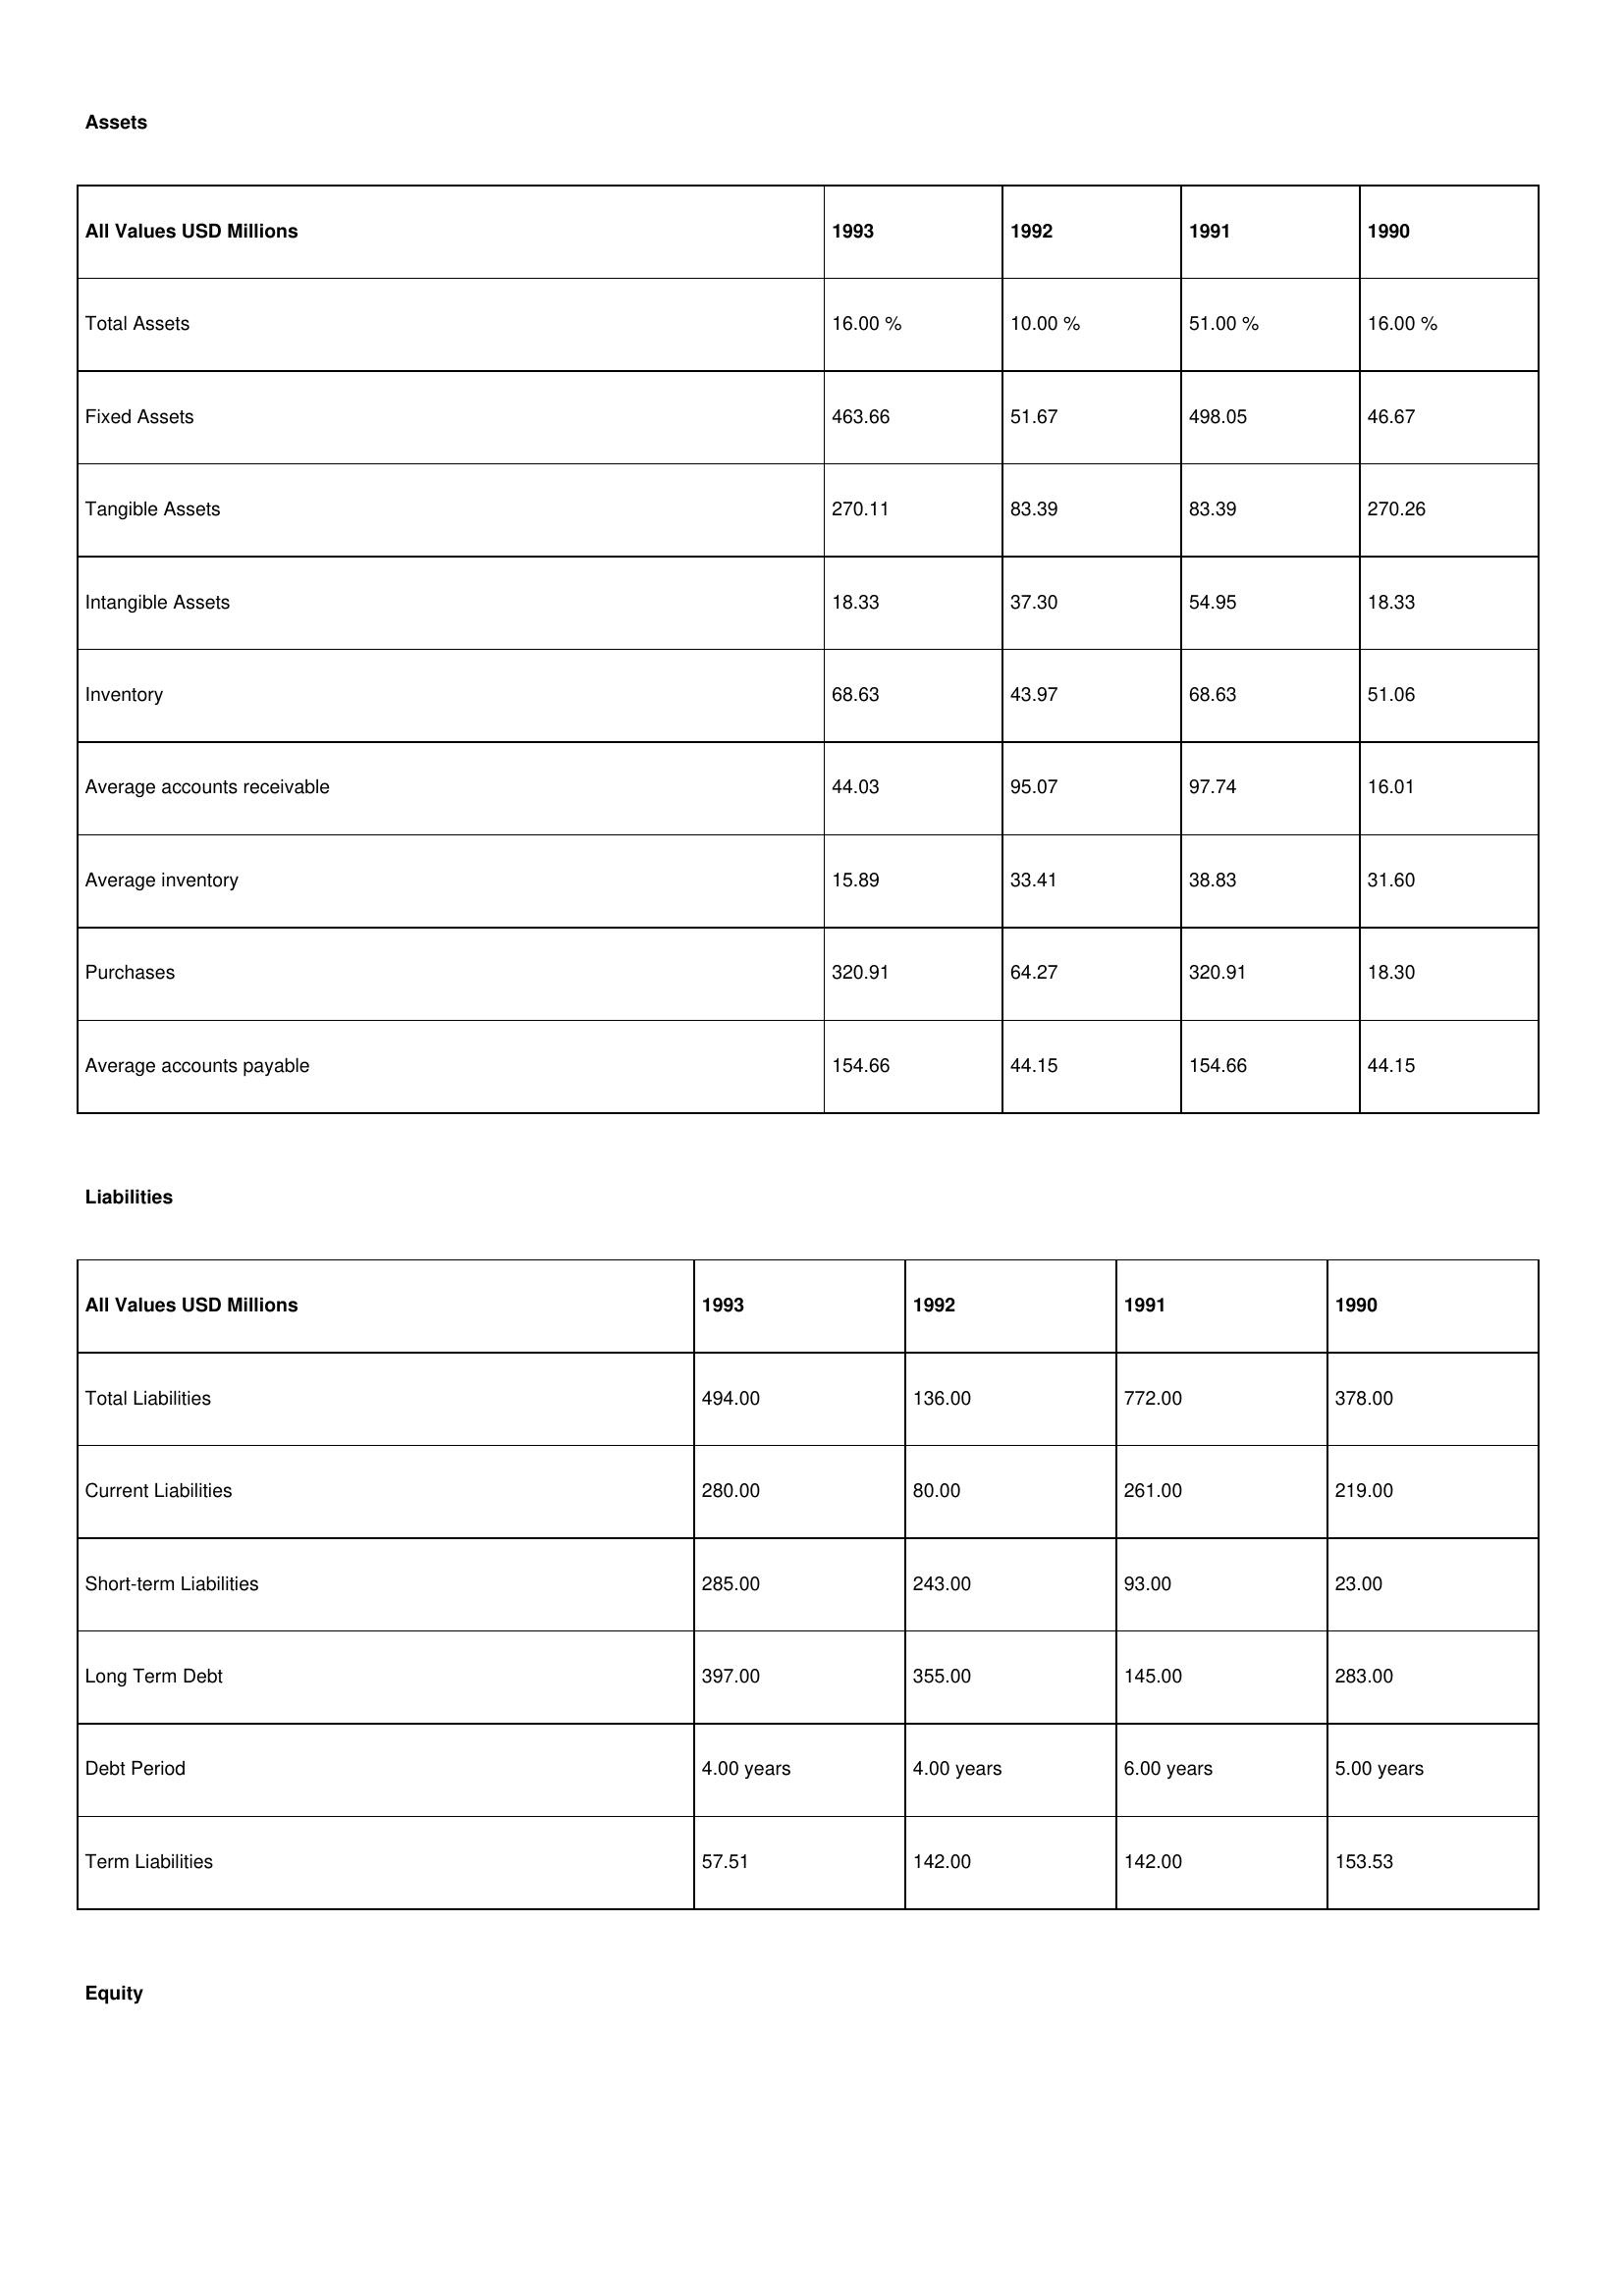
gt_parse: 1993: Assets: Total Assets: 16.00 %
Fixed Assets: 463.66
Tangible Assets: 270.11
Intangible Assets: 18.33
Inventory: 68.63
Average accounts receivable: 44.03
Average inventory: 15.89
Purchases: 320.91
Average accounts payable: 154.66
Liabilities: Total Liabilities: 494.00
Current Liabilities: 280.00
Short-term Liabilities: 285.00
Long Term Debt: 397.00
Debt Period: 4.00 years
Term Liabilities: 57.51
Equity: Common Stock: 153.25
Treasury Stock: 30.30
Other Comprehensive Income: 5.74
Total Equity: 8.00 %
Issued Capital: 276.00
Paid-up Capital: 52.44
Additional Paid-In Capital: 19.71
General Reserves: 27.17
Credit Balance: 12.47
Retained Earnings: 117.12
1992: Assets: Total Assets: 10.00 %
Fixed Assets: 51.67
Tangible Assets: 83.39
Intangible Assets: 37.30
Inventory: 43.97
Average accounts receivable: 95.07
Average inventory: 33.41
Purchases: 64.27
Average accounts payable: 44.15
Liabilities: Total Liabilities: 136.00
Current Liabilities: 80.00
Short-term Liabilities: 243.00
Long Term Debt: 355.00
Debt Period: 4.00 years
Term Liabilities: 142.00
Equity: Common Stock: 139.08
Treasury Stock: 13.42
Other Comprehensive Income: 51.20
Total Equity: 8.00 %
Issued Capital: 22.00
Paid-up Capital: 52.81
Additional Paid-In Capital: 44.47
General Reserves: 139.53
Credit Balance: 17.45
Retained Earnings: 385.91
1991: Assets: Total Assets: 51.00 %
Fixed Assets: 498.05
Tangible Assets: 83.39
Intangible Assets: 54.95
Inventory: 68.63
Average accounts receivable: 97.74
Average inventory: 38.83
Purchases: 320.91
Average accounts payable: 154.66
Liabilities: Total Liabilities: 772.00
Current Liabilities: 261.00
Short-term Liabilities: 93.00
Long Term Debt: 145.00
Debt Period: 6.00 years
Term Liabilities: 142.00
Equity: Common Stock: 131.76
Treasury Stock: 30.86
Other Comprehensive Income: 5.74
Total Equity: 5.00 %
Issued Capital: 122.00
Paid-up Capital: 66.67
Additional Paid-In Capital: 44.47
General Reserves: 144.08
Credit Balance: 12.47
Retained Earnings: 110.38
1990: Assets: Total Assets: 16.00 %
Fixed Assets: 46.67
Tangible Assets: 270.26
Intangible Assets: 18.33
Inventory: 51.06
Average accounts receivable: 16.01
Average inventory: 31.60
Purchases: 18.30
Average accounts payable: 44.15
Liabilities: Total Liabilities: 378.00
Current Liabilities: 219.00
Short-term Liabilities: 23.00
Long Term Debt: 283.00
Debt Period: 5.00 years
Term Liabilities: 153.53
Equity: Common Stock: 131.76
Treasury Stock: 32.56
Other Comprehensive Income: 19.83
Total Equity: 59.00 %
Issued Capital: 262.00
Paid-up Capital: 47.68
Additional Paid-In Capital: 27.56
General Reserves: 27.17
Credit Balance: 33.34
Retained Earnings: 247.76